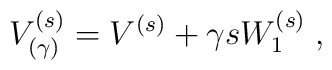
V^{(s)}_{(\gamma)} = V^{(s)} + \gamma s W^{(s)}_1\;,